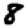
Digit: 8